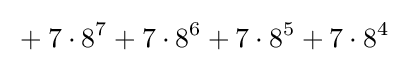
{}+7\cdot 8^{7}+7\cdot 8^{6}+7\cdot 8^{5}+7\cdot 8^{4}